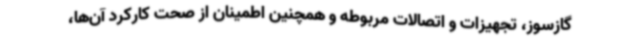
گازسوز، تجهیزات و اتصالات مربوطه و همچنین اطمینان از صحت کارکرد آن‌ها،